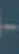
-